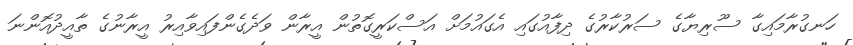
ހަނގުރާމައިގާ ސޫރިޔާގެ ސަރުކާރުގެ ދިފާއުގައި އެގައުމަށް އަސްކަރީގޮތުން އީރާން ވަދެގެންފައިވާއިރު އީރާނުގެ ތާއީދުއޮންނަ